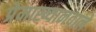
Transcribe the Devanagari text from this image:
प्रेमाख्यानवाले